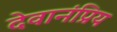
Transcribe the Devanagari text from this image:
देवानंप्रिय